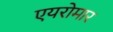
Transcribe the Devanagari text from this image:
एयरोमार